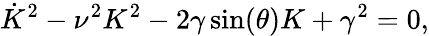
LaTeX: \dot{K}^{2}-\nu^{2}K^{2}-2\gamma\sin(\theta)K+\gamma^{2}=0,